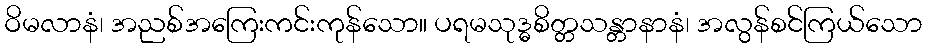
ဝိမလာနံ၊ အညစ်အကြေးကင်းကုန်သော။ ပရမသုဒ္ဓစိတ္တသန္တာနာနံ၊ အလွန်စင်ကြယ်သော